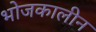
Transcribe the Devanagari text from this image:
भोजकालीन